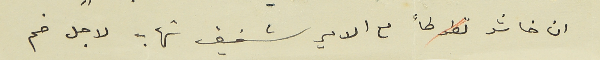
ان خاشو تطوطأ مع الامير شفيق شهاب لاجل ضم